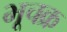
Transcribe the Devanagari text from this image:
भूचक्र